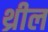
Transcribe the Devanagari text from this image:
थ्रील